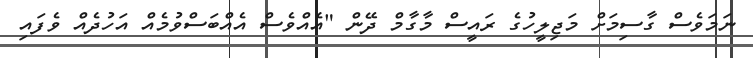
ނަމަވެސް ގާސިމަށް މަޖިލީހުގެ ރައީސް މާގާމް ދޭން "އެއްވެސް އެއްބަސްވުމެއް އަހުދެއް ވެފައި